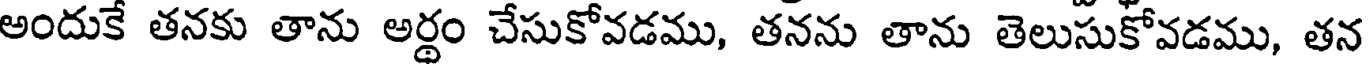
అందుకే తనకు తాను అర్థం చేసుకోవడము, తనను తాను తెలుసుకోవడము, తన